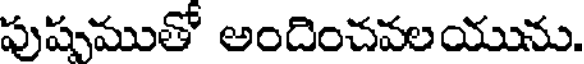
పుషముతో అందించవలయును.